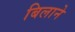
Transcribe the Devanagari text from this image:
बिलाने